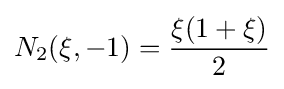
N_{2}(\xi ,-1)={\frac {\xi (1+\xi )}{2}}